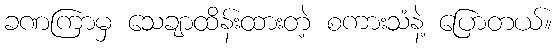
ခဏကြာမှ သေချာထိန်းထားတဲ့ စကားသံနဲ့ ပြောတယ်။